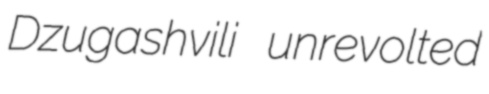
Dzugashvili unrevolted